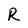
Character: R